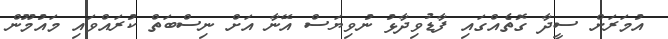
އުމަރަށް ސީދާ ގޮތެއްގައި ފާޑުވިދާޅު ނުވިޔަސް އޭނާ އަށް ނިސްބަތް ކުރައްވައި މައުމޫން